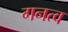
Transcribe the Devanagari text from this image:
गनत्व